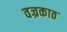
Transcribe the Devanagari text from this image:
वज्रकाठ